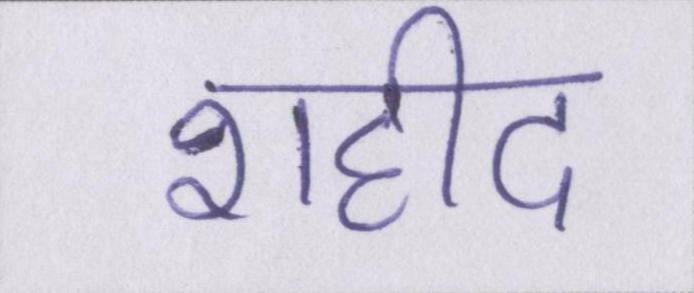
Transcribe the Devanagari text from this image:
शहीद